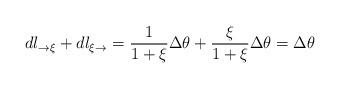
LaTeX: \begin{align*}dl_{\rightarrow\xi}+dl_{\xi\rightarrow}=\frac{1}{1+\xi}\Delta\theta+\frac{\xi}{1+\xi}\Delta\theta=\Delta\theta \end{align*}